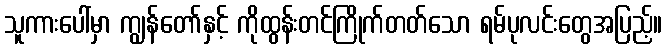
သူကားပေါ်မှာ ကျွန်တော်နှင့် ကိုထွန်းတင်ကြိုက်တတ်သော ရမ်ပုလင်းတွေအပြည့်။